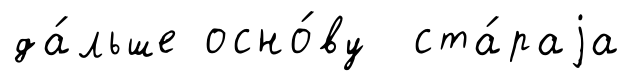
да́льше осно́ву ста́раjа